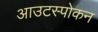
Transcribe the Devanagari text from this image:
आउटस्पोकन